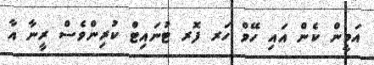
އަމީން ކެން އައި ހޭވް ހަރ ފޮރ ޓުނައިޓް ކުރިންވެސް ރީނާ އާ